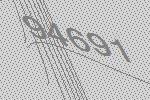
94691